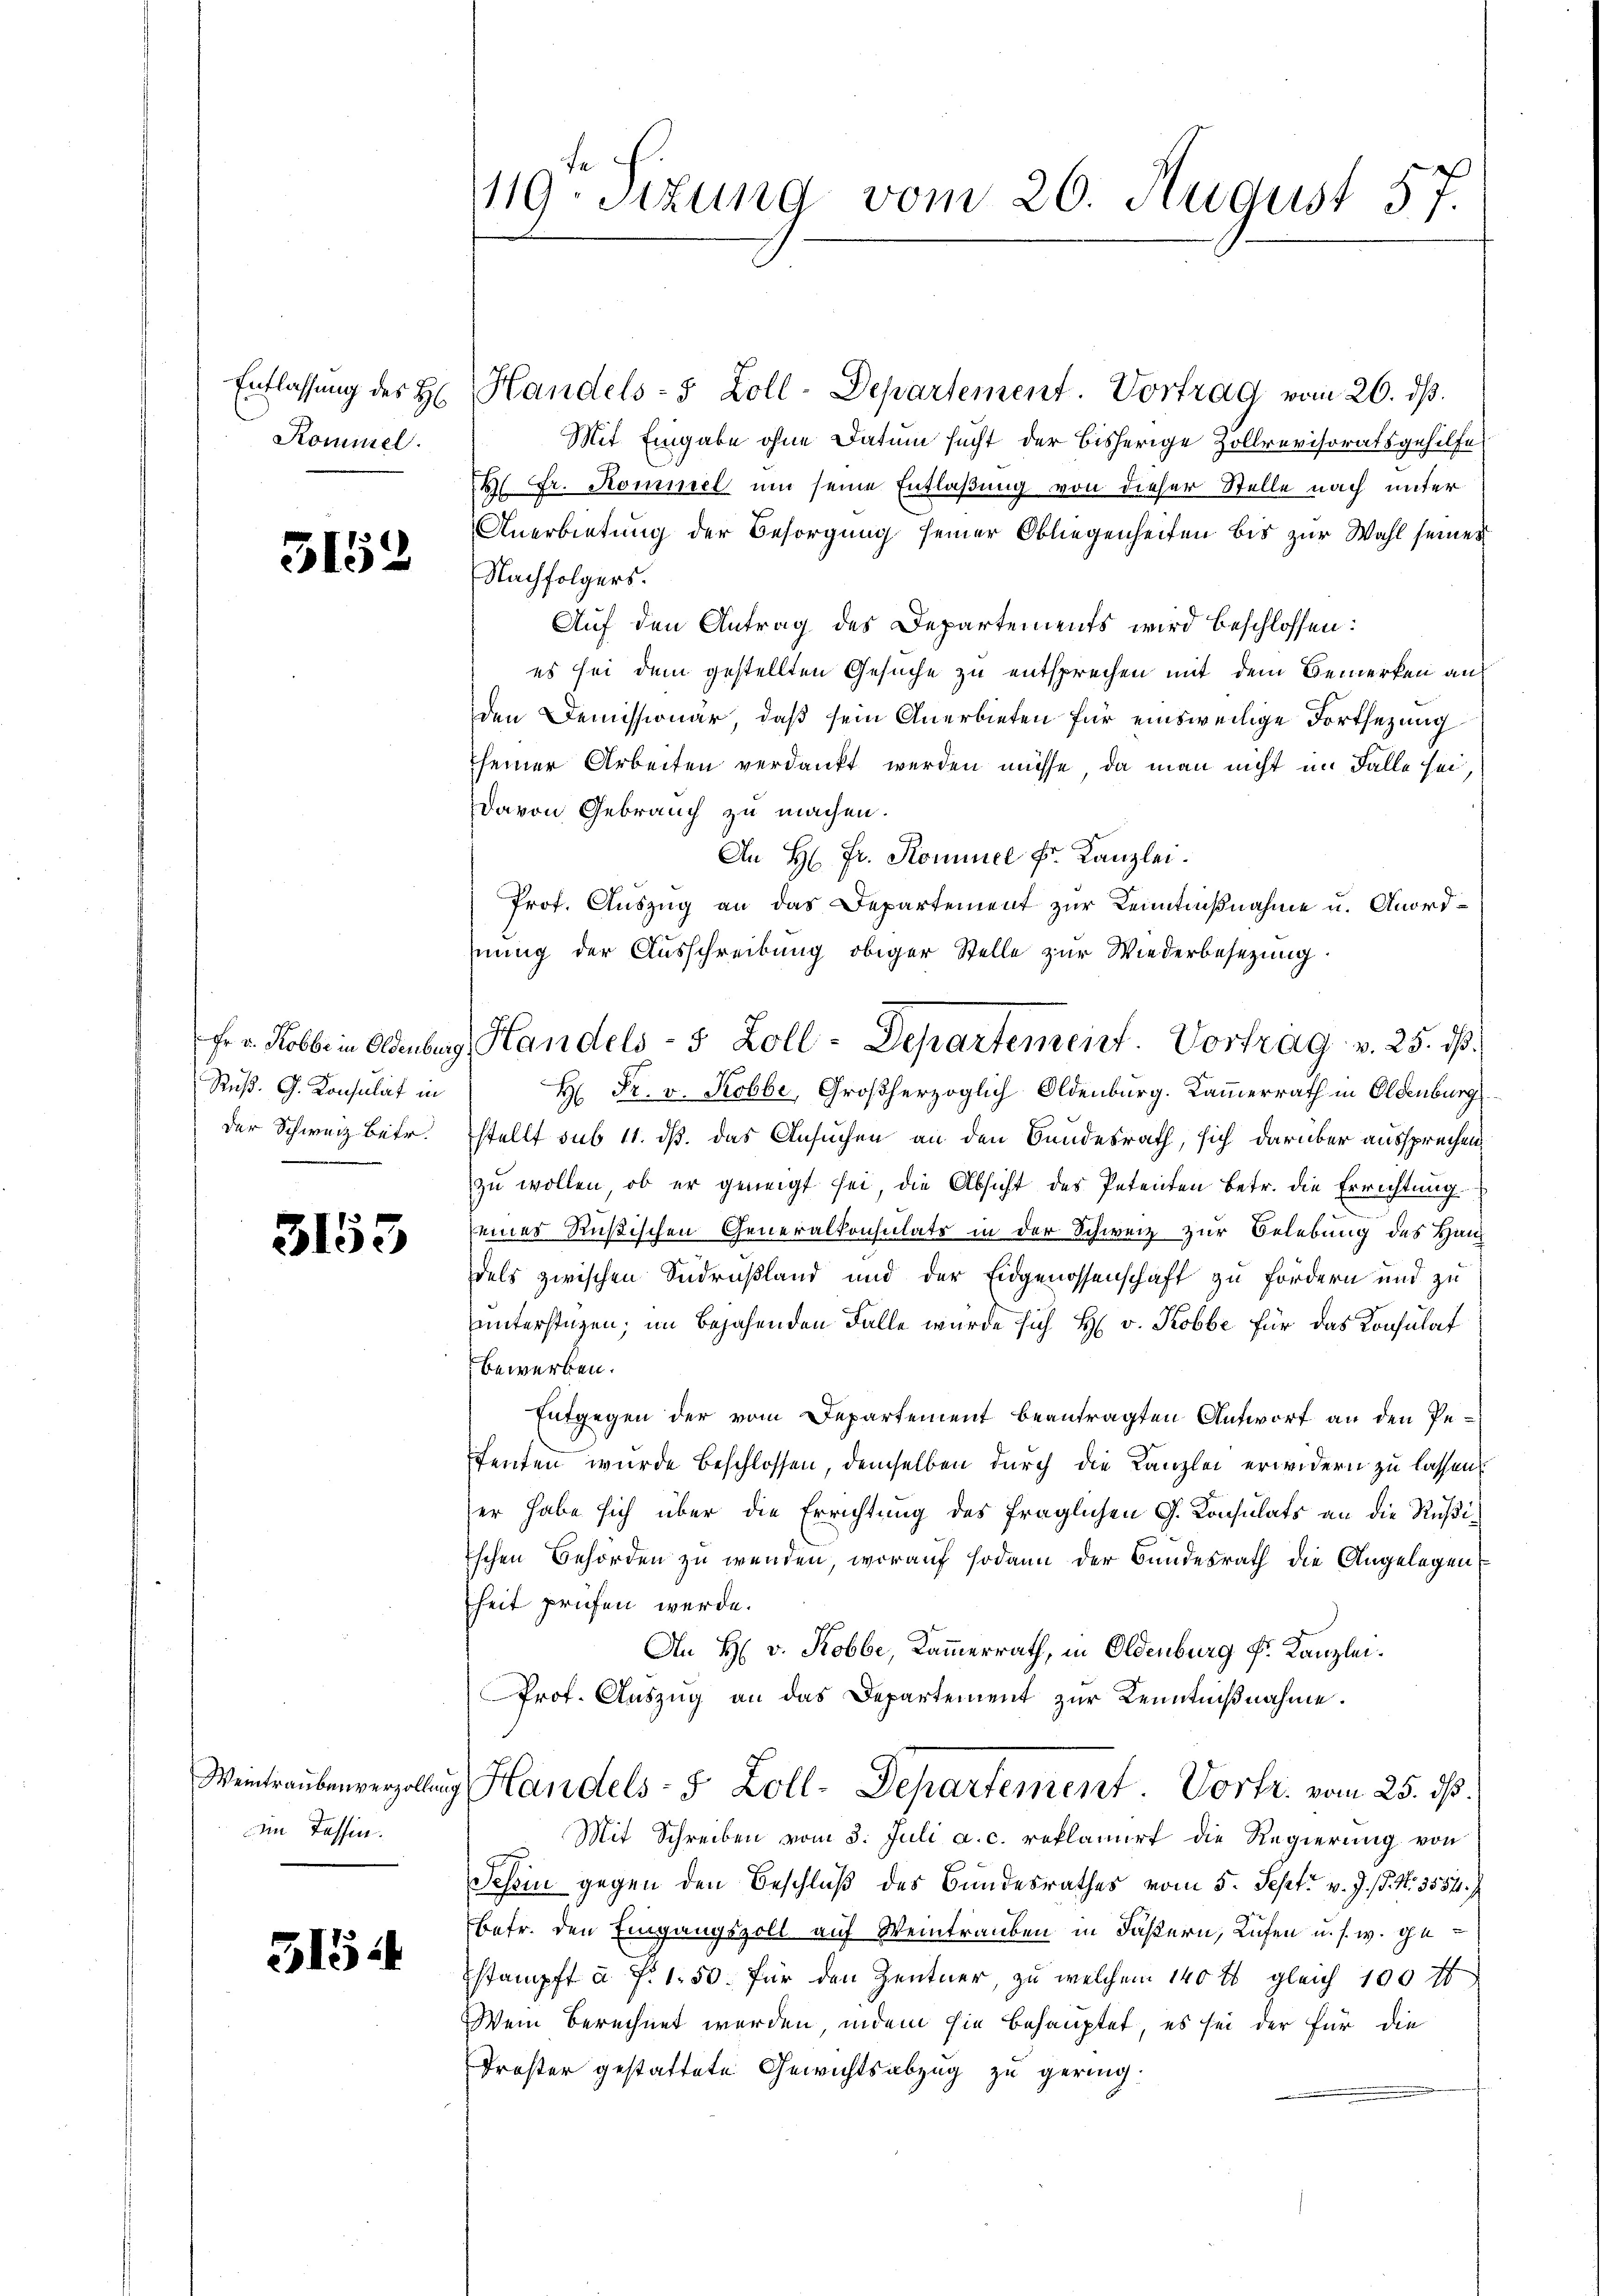
Entlassung des H.
Kominel.

3152

Ruß. G. Konsulat in
der Schweiz betr.

3153

Weintraubenverzollung
im Tessin.

3154

119. Sizung vom 26. August 57.

Handels-5 Zoll-Departement. Vortrag vom 26. ds.
Mit Eingabe ohne Datum sucht der bisherige Zollrevisoratsgehilfe
 Fr. Kommel um seine Entlaßung von dieser Stelle nach unter
Anerbietung der Besorgung seiner Obliegenheiten bis zur Wahl seines
Nachfolgers.
Auf den Antrag des Departements wird beschlossen:
es sei dem gestellten Gesuche zu entsprechen mit dem Bemerken an
den Demissionar, daß sein Anerbieten für einsweilige Fortsezung
seiner Arbeiten verdankt werden müsse, da man nicht im Falle sei,
davon Gebrauch zu machen.
An H: Fr. Kommel Fr. Kanzlei.
Prof. Auszug an das Departement zur Kenntnißnahme u. Anordhnung der Ausschreibung obiger Stelle zur Wiederbesezung.
H: Fr. v. Robbe, Großherzoglich Oldenburg. Kammerrath in Oldenburg
stellt sub 11. dß. das Ansuchen an den Bundesrath, sich darüber aussprechen,
zu wollen, ob er geneigt sei, die Absicht des Petenten betr. die Errichtung
seines Rußischen Generalkonsulats in der Schweiz zur Belebung des Haus
dels zwischen Sudrußland und der Eidgenossenschaft zu fordern und zu
uunterstüzen; im bejahenden Falle wurde sich H. v. Kobbe für das Konsulat
bewerben.
Entgegen der vom Departement beantragten Antwort an den Petenten wurde beschlossen, demselben durch die Kanzlei erwidern zu lassen
er habe sich über die Errichtung des fraglichen G. Konsulats an die Rußischen Behörden zu wenden, worauf sodann der Bundesrath die Angelegen
heit prüfen werde.
An H. v. Robbe, Kammerrath, in Oldenburg Fr. Kanzlei.
Prof. Auszug an das Departement zur Kenntnißnahme.
Handels- & Zoll-Departement Vortr. vom 25. dß.
Mit Schreiben vom 3. Juli a. c. reklamirt die Regierung von
Schin gegen den Beschluß des Bundesrathes vom 5. Sept. v. J. J. N. 3554.
betr. den Eingangszoll auf Weintrauben in Fasern, Lufen u. s. w. ge¬
Estämpft à f. 1. 50. für den Zentner, zu welchem 140 t gleich 100 ff
Wein berechnet werden, indem sie behauptet, es sei der für die
Dröster gestattete Gewichtsabzug zu gering.

Fr. Hobbe in Oldenburg, Handels- 5 Zoll-Departemeint. Vortrag v. 25. dß.